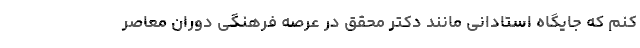
کنم که جایگاه استادانی مانند دکتر محقق در عرصه فرهنگی دوران معاصر